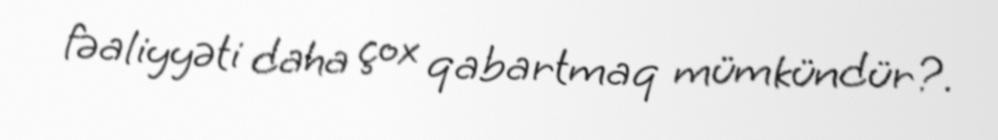
fəaliyyəti daha çox qabartmaq mümkündür?.